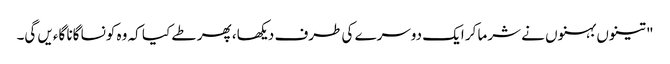
" تینوں بہنوں نے شرما کر ایک دوسرے کی طرف دیکھا، پھر طے کیا کہ وہ کونسا گانا گاءیں گی۔